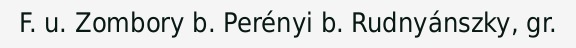
F. u. Zombory b. Perényi b. Rudnyánszky, gr.